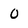
Character: 0